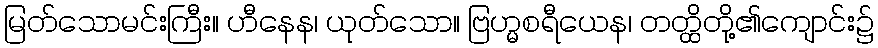
မြတ်သောမင်းကြီး။ ဟီနေန၊ ယုတ်သော။ ဗြဟ္မစရီယေန၊ တတ္ထိတို့၏ကျောင်း၌